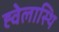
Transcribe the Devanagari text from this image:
ह्वेलास्थि